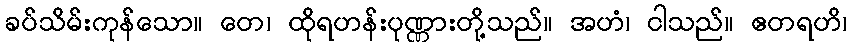
ခပ်သိမ်းကုန်သော။ တေ၊ ထိုရဟန်းပုဏ္ဏားတို့သည်။ အဟံ၊ ငါသည်။ ဧတရဟိ၊